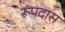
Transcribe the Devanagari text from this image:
रूपदास